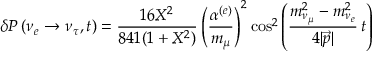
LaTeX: \delta P \left( \nu _ { e } \rightarrow \nu _ { \tau } , t \right) = \frac { 1 6 X ^ { 2 } } { 8 4 1 ( 1 + X ^ { 2 } ) } \left( \frac { \alpha ^ { ( e ) } } { m _ { \mu } } \right) ^ { 2 } \cos ^ { 2 } \left( \frac { m _ { \nu _ { \mu } } ^ { 2 } - m _ { \nu _ { e } } ^ { 2 } } { 4 | \vec { p } | } \, t \right)